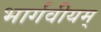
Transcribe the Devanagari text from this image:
भार्गवीयम्